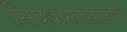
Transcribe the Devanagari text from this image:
सिद्धान्तांसाठीचे